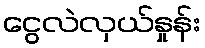
ငွေလဲလှယ်နှုန်း